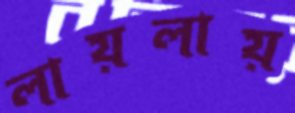
লায়লায়